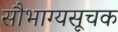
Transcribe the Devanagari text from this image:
सौभाग्यसूचक